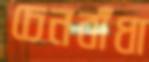
চেনবাঁধা